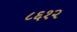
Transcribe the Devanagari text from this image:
८६१२